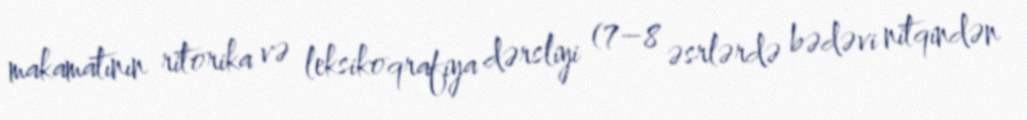
makamatının ritorika və leksikoqrafiya dərsliyi (7–8 əsrlərdə bədəvi nitqindən